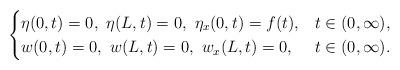
LaTeX: \begin{align*}\begin{cases}\eta(0,t)=0,\,\,\eta(L,t)=0,\,\,\eta_{x}(0,t)=f(t),&t \in (0,\infty), \\w(0,t)=0,\,\,w(L,t)=0,\,\,w_{x}(L,t)=0,& t \in (0,\infty).\end{cases}\end{align*}